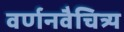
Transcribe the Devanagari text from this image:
वर्णनवैचित्र्य